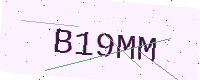
Text: B19MM